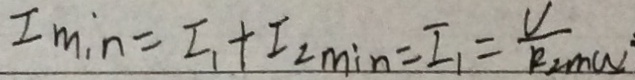
I _ { \min } = I _ { 1 } + I _ { 2 \min } = I _ { 1 } = \frac { v } { R _ { 2 z m w } }